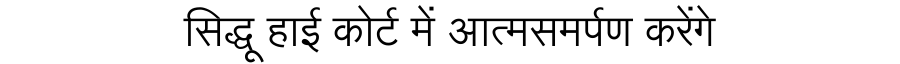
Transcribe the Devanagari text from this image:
सिद्धू हाई कोर्ट में आत्मसमर्पण करेंगे